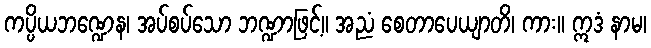
ကပ္ပိယဘဏ္ဍေန၊ အပ်စပ်သော ဘဏ္ဍာဖြင့်။ အညံ စေတာပေယျာတိ၊ ကား။ ဣဒံ နာမ၊